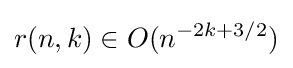
r(n,k)\in O(n^{-2k+3/2})